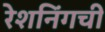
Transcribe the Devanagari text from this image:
रेशनिंगची